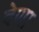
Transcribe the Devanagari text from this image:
देणा